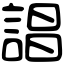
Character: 誯